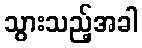
သွားသည့်အခါ